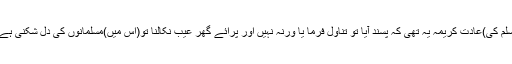
(سرکارِ دو عالم صَلَّی اللّٰہُ تَعَالٰی عَلَیْہِ واٰلِہٖ وَسَلَّمَ کی)عادتِ کریمہ یہ تھی کہ پسند آیا تو تناول فرما يا ورنہ نہیں اور پرائے گھر عیب نکالنا تو(اس میں)مسلمانوں کی دل شکنی ہے اور کمالِ حرص وبے مروتی پر دلیل ہے۔